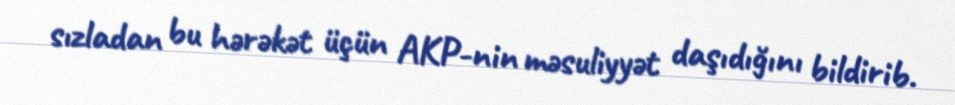
sızladan bu hərəkət üçün AKP-nin məsuliyyət daşıdığını bildirib.